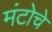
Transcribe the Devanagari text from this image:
मंटोचे